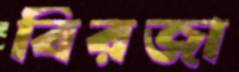
বিরজা